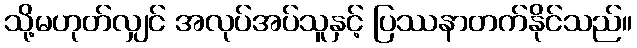
သို့မဟုတ်လျှင် အလုပ်အပ်သူနှင့် ပြဿနာတက်နိုင်သည်။